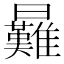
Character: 㬮